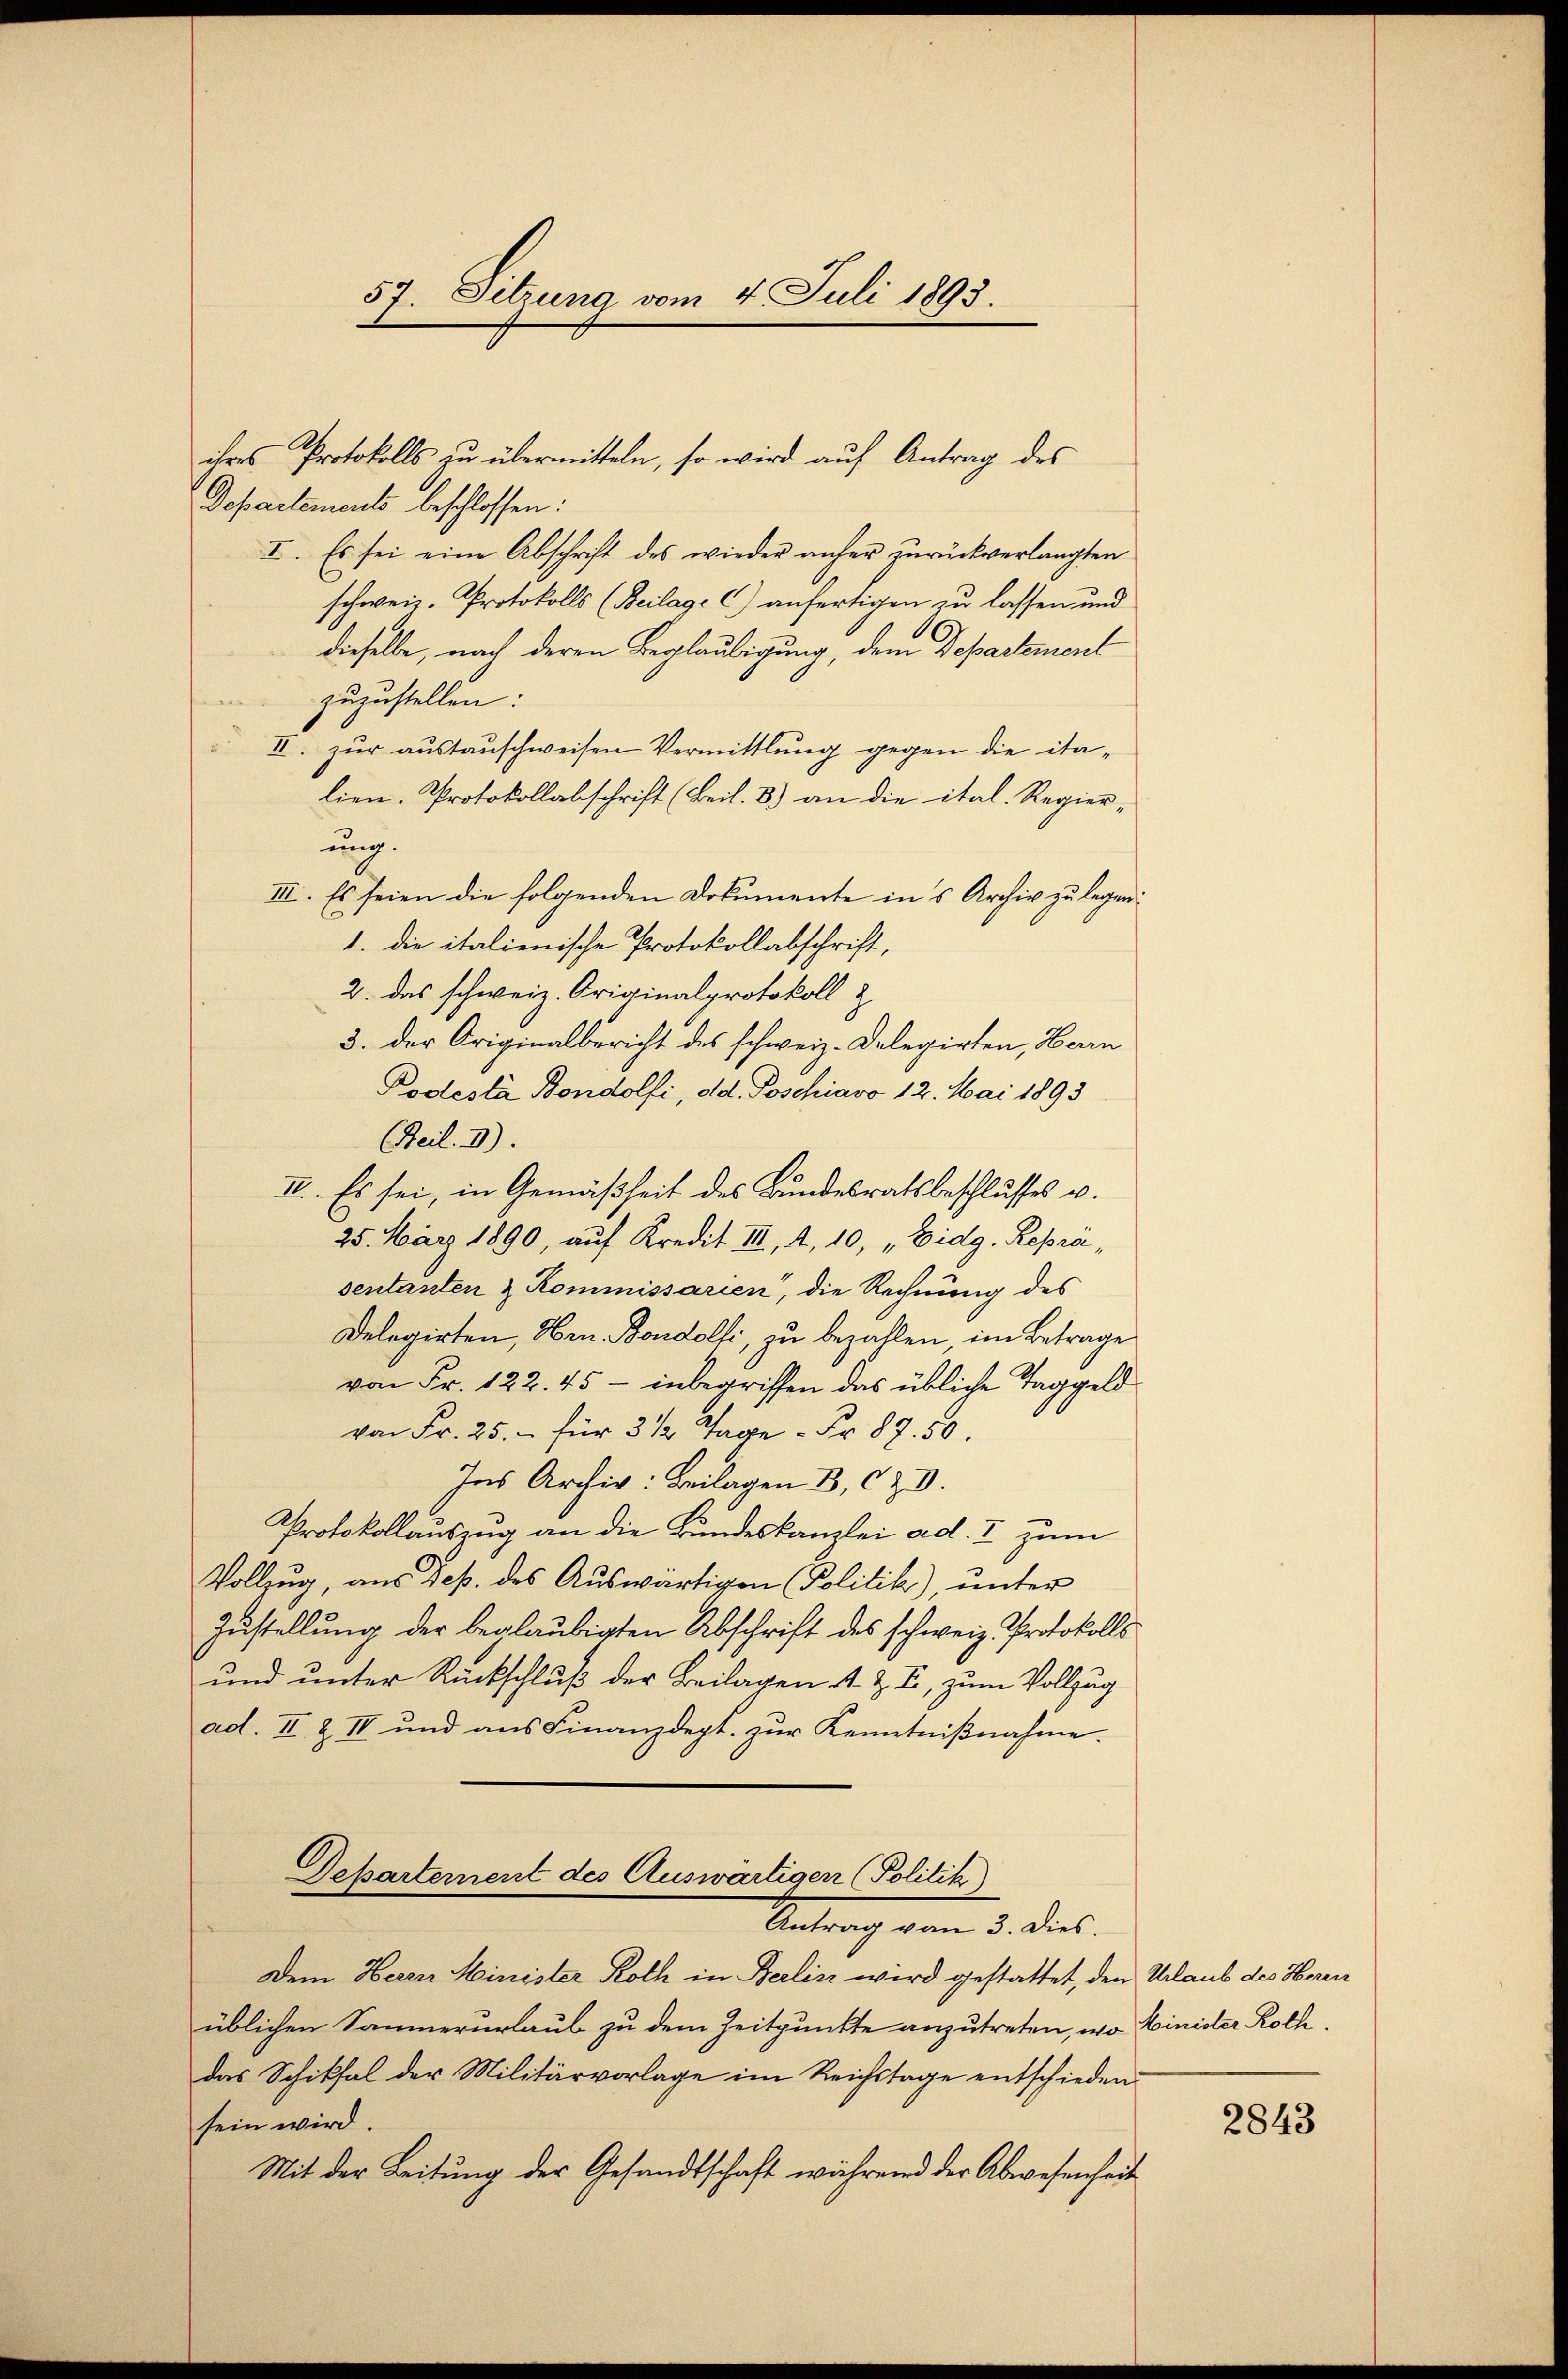
57. Sitzung vom 4. Juli 1893.

ihres Protokolls zu übermitteln, so wird aŭf Antrag des
Departements beschlossen:
I. Es sei eine Abschrift des wieder anher zurückverlangten
schweiz. Protokolls (Beilage c) anfertigen zu lassen und
dieselbe, nach deren Beglaubigung, dem Departement
zuzustellen:
II. zur austauschweisen Vermittlung gegen die italien. Protokollabschrift (Beil. 8) an die ital. Regier-
ung.
III. Es seien die folgenden Dokumente in’s Archiv zu legen:
1. die italienische Protokollabschrift,
2. Das schweiz. Originalprotokoll z
3. der Originalbericht des schweiz. Delegirten, Herrn
Podestà Bondolfi, dd. Poschiavo 12. Mai 1893
Beil. II).
II. Es sei, in Gemäßheit des Bundesratsbeschlusses u.
25. März 1890, auf Kredit III, 1, 10, „Eidg. Repräsentanten & Kommissarien, die Rechnung des
Delegirten, Hrn. Bondolfi, zu bezahlen, im Betrage
von Fr. 122. 45 - inbegriffen das übliche Taggeld
von Fr. 25.- für 3 1/2 Tage - Fr. 87. 50.
Ins Archiv: Beilagen B, c Z. V.
Protokollauszug an die Bundeskanzlei ad. I zum
Vollzug, aus Jes. des Aŭswärtigen Politik) ŭnter
Zustellung der beglaubigten Abschrift des schweiz. Protokolls
und unter Rückschluß der Beilagen s. Z. C, zum Vollzug
ad. II. & II und aus Finanzdept. zur Kenntnißnahme.
Departement des Auswärtiger (Politik)
Antrag von 3. Dies
Dem Herrn Minister Roth in Berlin wird gestattet, den Urlaub des Heren
üblichen Sammerurlaub zu dem Zeitpunkte anzutreten, wo Minister Rothdas Schiksal der Militärvorlage im Reichstage entschieden
sein wird.
Mit der Leitung der Gesandtschaft während der Abwesenheit

2843